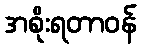
အစိုးရတာဝန်